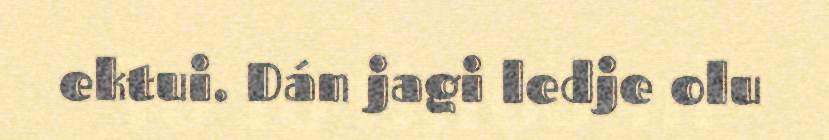
ektui. Dán jagi ledje olu